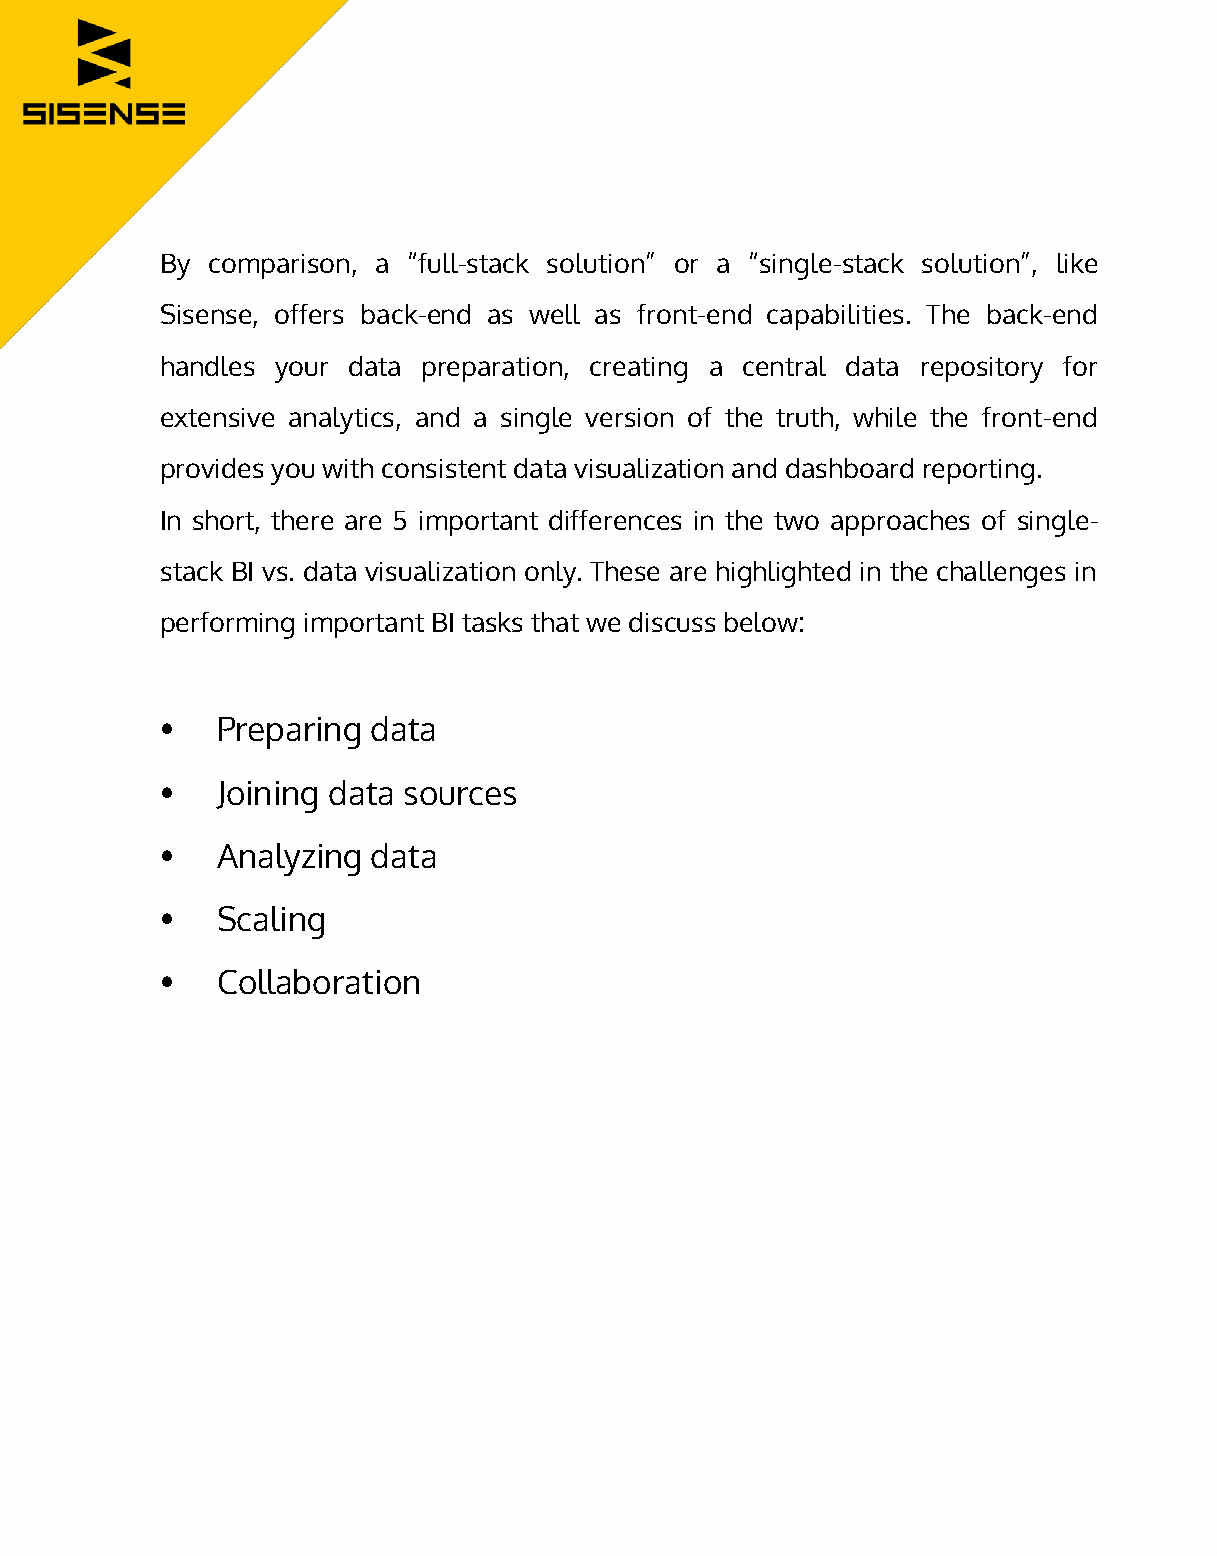
By comparison, a “full-stack solution” or a “single-stack solution”, like
 Sisense, offers back-end as well as front-end capabilities. The back-end
 handles your data preparation, creating a central data repository for
 extensive analytics, and a single version of the truth, while the front-end
 provides you with consistent data visualization and dashboard reporting.
 In short, there are 5 important differences in the two approaches of single-
 stack BI vs. data visualization only. These are highlighted in the challenges in
 performing important BI tasks that we discuss below:
 •   Preparing data
 •   Joining data sources
 •   Analyzing data
 •   Scaling
 •   Collaboration
 www.sisense.com